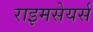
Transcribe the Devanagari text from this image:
राइमसेयर्स